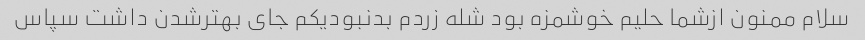
سلام ممنون ازشما حلیم خوشمزه بود شله زردم بدنبودیکم جای بهترشدن داشت سپاس